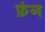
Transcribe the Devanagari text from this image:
फ़ंग